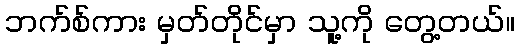
ဘက်စ်ကား မှတ်တိုင်မှာ သူ့ကို တွေ့တယ်။